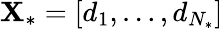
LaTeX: \textbf{X}_{*}=[d_{1},\dots,d_{N_{*}}]